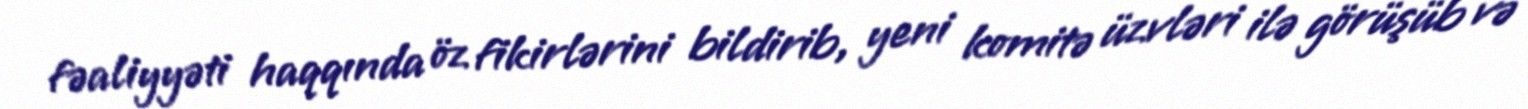
fəaliyyəti haqqında öz fikirlərini bildirib, yeni komitə üzvləri ilə görüşüb və